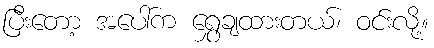
ပြီးတော့ အပေါ်က ရွှေချထားတယ်၊ ဝင်းလို့။